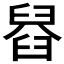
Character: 𦦂